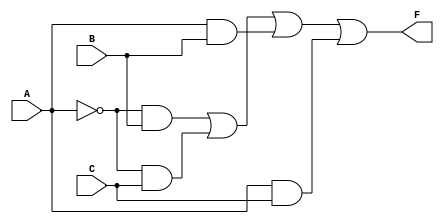
module multi_level_comb_logic (
    input wire A,   // Input A
    input wire B,   // Input B
    input wire C,   // Input C
    output wire F   // Output F
);

// Intermediate signals
wire notA;           // NOT A
wire term1;         // \overline{A}B
wire term2;         // \overline{A}C
wire term3;         // AB
wire term4;         // AC

// Level 1: Generate NOT A
not u1 (notA, A);

// Level 2: Generate AND terms
and u2 (term1, notA, B); // \overline{A}B
and u3 (term2, notA, C); // \overline{A}C
and u4 (term3, A, B);    // AB
and u5 (term4, A, C);    // AC

// Level 3: Generate final output using OR
or u6 (F, term1, term2, term3, term4); // F = \overline{A}B + \overline{A}C + AB + AC

endmodule